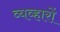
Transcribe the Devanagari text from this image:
व्यव्हारों